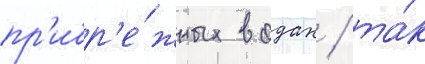
пр'ибр'е́жных водах / та́к